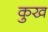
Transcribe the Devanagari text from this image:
कुख